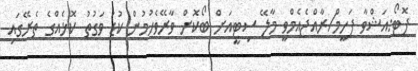
ފޮޓޯ:އަޝްވާ ފަހީމް/ރާއްޖެއެމްވީ މާލޭ ސިޓީއަށް ބޯކޮށް ވާރޭވެހުމުން ކުޑަ ވަގުތު ކޮޅެއްގެ ތެރޭގައި